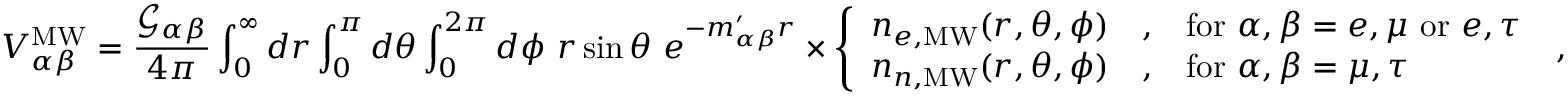
V _ { \alpha \beta } ^ { \mathrm { M W } } = \frac { \mathcal { G } _ { \alpha \beta } } { 4 \pi } \int _ { 0 } ^ { \infty } d r \int _ { 0 } ^ { \pi } d \theta \int _ { 0 } ^ { 2 \pi } d \phi ~ r \sin \theta ~ e ^ { - m _ { \alpha \beta } ^ { \prime } r } \times \left\{ \begin{array} { l l l } { n _ { e , \mathrm { M W } } ( r , \theta , \phi ) } & { , } & { \mathrm { f o r } ~ \alpha , \beta = e , \mu ~ \mathrm { o r } ~ e , \tau } \\ { n _ { n , \mathrm { M W } } ( r , \theta , \phi ) } & { , } & { \mathrm { f o r } ~ \alpha , \beta = \mu , \tau } \end{array} \right. \; ,